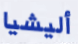
أليشيا